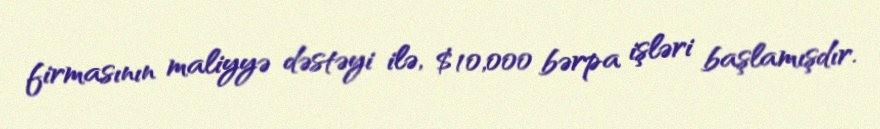
firmasının maliyyə dəstəyi ilə, $10,000 bərpa işləri başlamışdır.